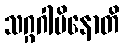
သဂ္ဂဂါမိနောတိ